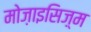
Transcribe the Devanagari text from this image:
मोज़ाइसिज़्म